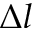
\Delta l